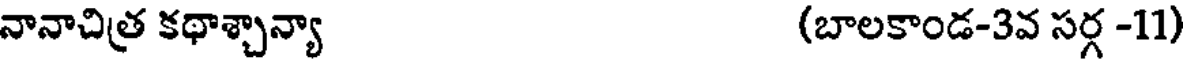
నానాచిత్ర కథాశ్చాన్యా (బాలకాండ-3వ సర్గ -11)